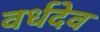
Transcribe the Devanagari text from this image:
वर्धदेव